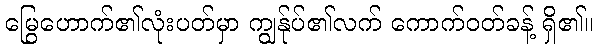
မြွေဟောက်၏လုံးပတ်မှာ ကျွန်ုပ်၏လက် ကောက်ဝတ်ခန့် ရှိ၏။